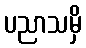
ပညာသမှိ